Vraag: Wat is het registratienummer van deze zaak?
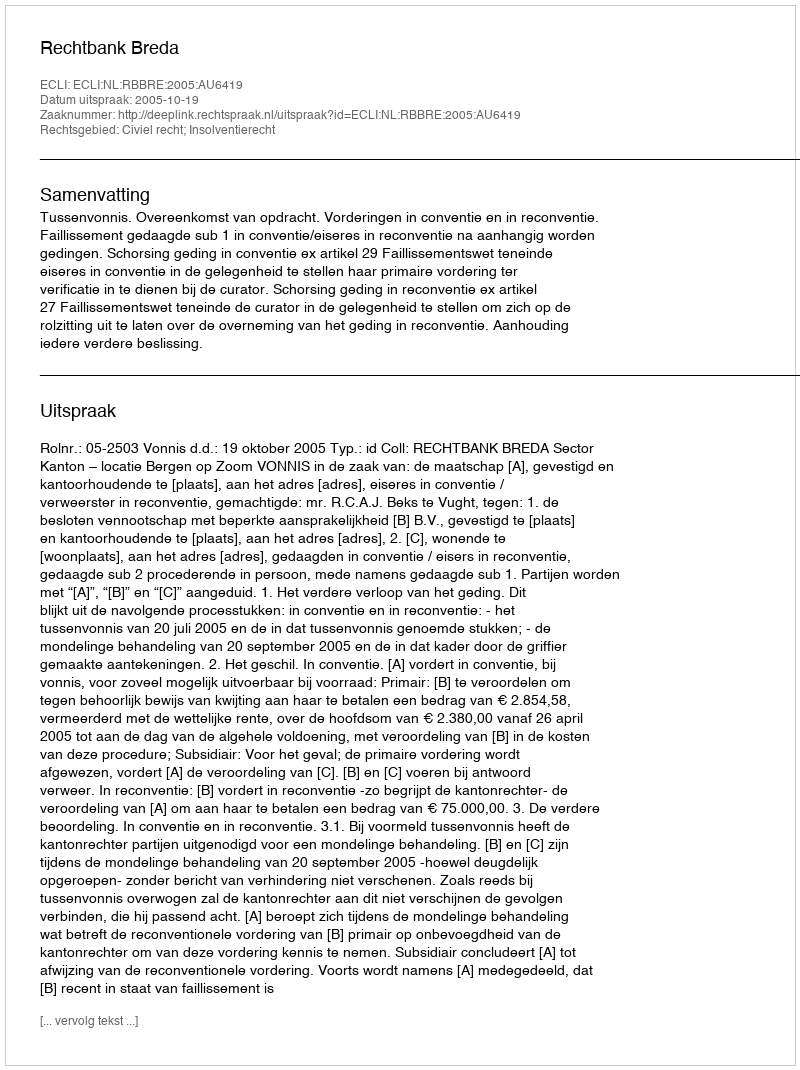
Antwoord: http://deeplink.rechtspraak.nl/uitspraak?id=ECLI:NL:RBBRE:2005:AU6419